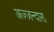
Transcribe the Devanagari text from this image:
अज़्ज़न्दारा